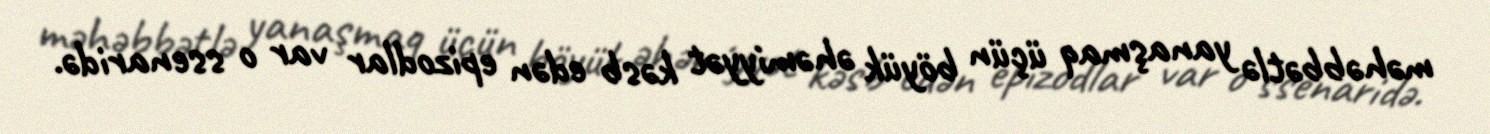
məhəbbətlə yanaşmaq üçün böyük əhəmiyyət kəsb edən epizodlar var o ssenaridə.